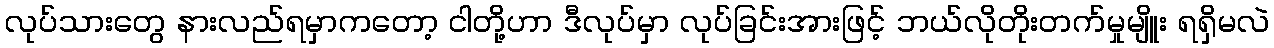
လုပ်သားတွေ နားလည်ရမှာကတော့ ငါတို့ဟာ ဒီလုပ်မှာ လုပ်ခြင်းအားဖြင့် ဘယ်လိုတိုးတက်မှုမျိူး ရရှိမလဲ